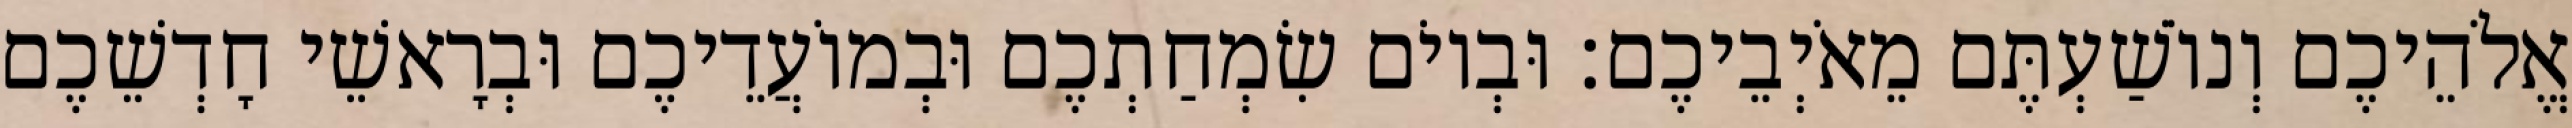
אֱלֹהֵיכֶם וְנוֹשַׁעְתֶּם מֵאֹיְבֵיכֶם׃ וּבְיוֹם שִׂמְחַתְכֶם וּבְמוֹעֲדֵיכֶם וּבְרָאשֵׁי חָדְשֵׁכֶם